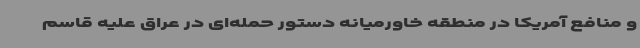
و منافع آمریکا در منطقه خاورمیانه دستور حمله‌ای در عراق علیه قاسم